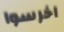
اخرسوا